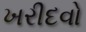
ખરીદવો